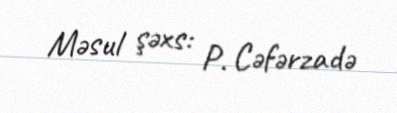
Məsul şəxs: P. Cəfərzadə